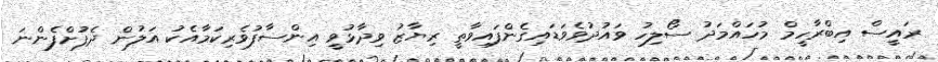
ރައީސް އިބްރާހީމް މުހައްމަދު ސޯލިހު ވައުދުވެވަޑައިގެންފައިވާތީ ރިޔާޒު ވިދާޅުވީ އިންސާފުވެރިކަމާއެކު އަލުން ދެފުށްފެންނަ